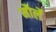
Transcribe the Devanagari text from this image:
मौर्ले